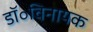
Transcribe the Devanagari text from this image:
डॉ॰विनायक